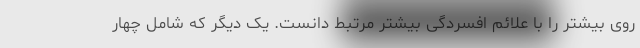
روی بیشتر را با علائم افسردگی بیشتر مرتبط دانست. یک دیگر که شامل چهار